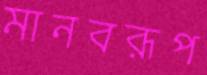
মানবরূপ